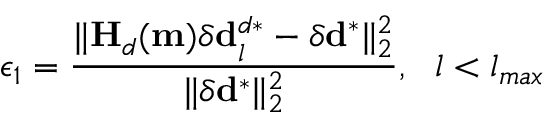
\epsilon _ { 1 } = \frac { \| \mathbf { H } _ { d } ( \mathbf { m } ) \delta \mathbf { d } _ { l } ^ { d * } - \delta \mathbf { d } ^ { * } \| _ { 2 } ^ { 2 } } { \| \delta \mathbf { d } ^ { * } \| _ { 2 } ^ { 2 } } , ~ ~ l < l _ { m a x }